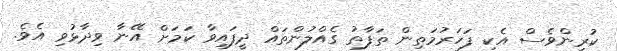
ކުރިންވެސް އެކި ފަހަރުމަތިން ތަފާތު ގެއްލުންތައް ދީފައިވާ ކަމަށް އޭނާ ވިދާޅުވި އެވެ.